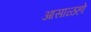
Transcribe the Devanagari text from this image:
आसाळहो